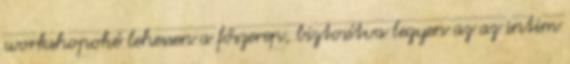
workshopoké lehessen a főszerep, biztosítva legyen az az intim